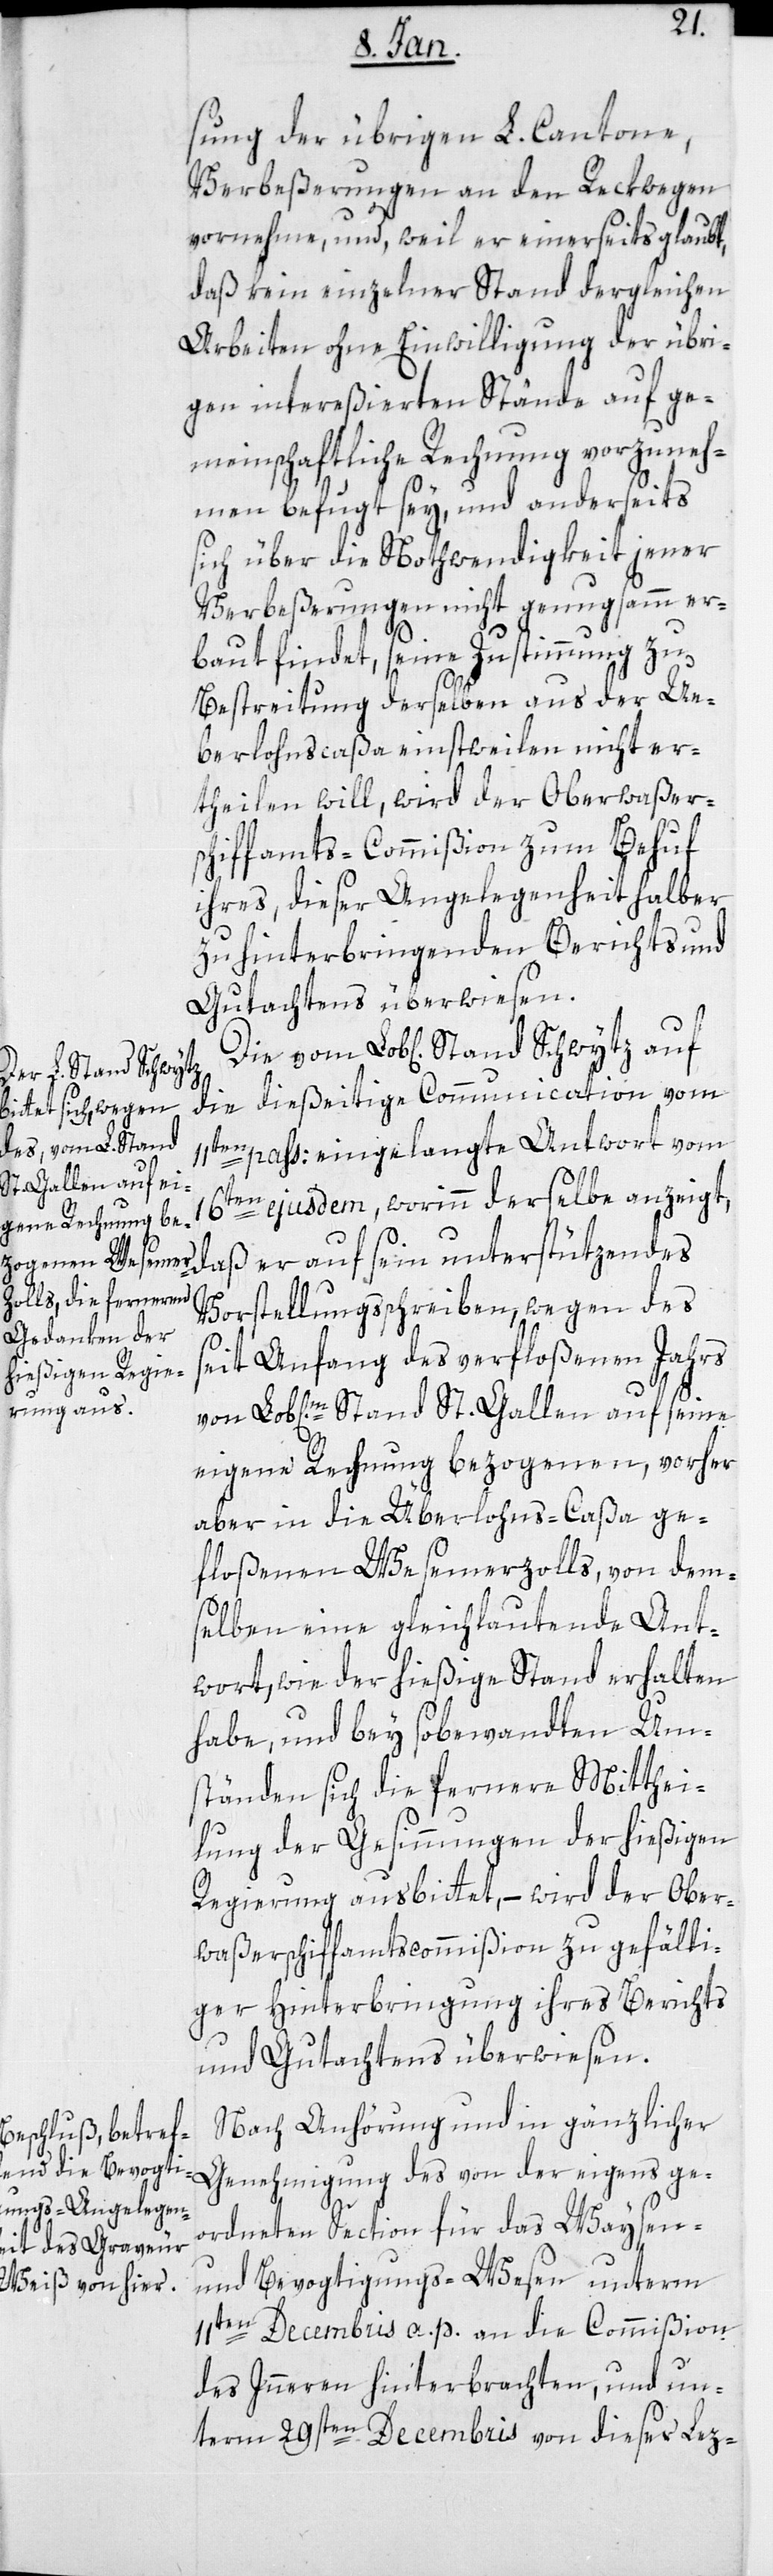
sung der übrigen L. Cantone,
Verbeßerungen an den Reckwegen
vornehme, und, weil er einerseits glaubt,
daß kein einzelner Stand dergleichen
Arbeiten ohne Einwilligung der übri¬
gen intereßierten Stände auf ge¬
meinschaftliche Rechnung vorzuneh¬
men befugt sey, und anderseits
sich über die Nothwendigkeit jener
Verbeßerungen nicht genugsamm er¬
baut findet, seine Zustimmung zu
Bestreitung derselben aus der Ü¬
berlohnscaßa einstweilen nicht er¬
teilen will, wird der Oberwasser¬
schiffamts-Commißion zum Behuf
ihres, dieser Angelegenheit halber
zu hinterbringenden Berichts und
Gutachtens überwiesen.
Stand Schwytz
die dießeitige Communication vom
11ten pass: eingelangte Antwort vom
St. Gallen auf seine
16ten ejusdem, worinn derselbe anzeigt,
daß er auf sein unterstützendes
Vorstellungsschreiben wegen des
seit Anfang des verfloßenen Jahrs
eigene Rechnung bezogenen, vorher
aber in die Überlohns-Caßa ge¬
floßenen Wesemerzolls, von dem¬
selben eine gleichlautende Ant¬
wort, wie der hießige Stand erhalten
habe, und bey so bewandten Um¬
ständen sich die fernere Mitthei¬
lung der Gesinnungen der hießigen
Regierung ausbittet, – wird der Ober¬
waßerschiffamts-Commißion zu gefälli¬
ger Hinterbringung ihres Berichts
und Gutachtens überwiesen.
Nach Anhörung und in gänzlicher
Genehmigung des von der eigens ge¬
ordneten Section für das Waysen-
und Bevogtigungs-Wesen unterm
11ten Decembris a. p. an die Commißion
des Innern hinterbrachten, und un¬
term 29sten Decembris von dieser Lez-